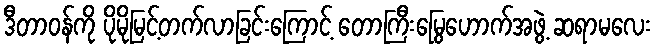
ဒီတာဝန်ကို ပိုမိုမြင့်တက်လာခြင်းကြောင့် တောကြီးမြွေဟောက်အဖွဲ့ ဆရာမလေး